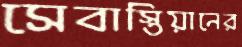
সেবাস্তিয়ানের